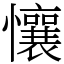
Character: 懹